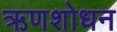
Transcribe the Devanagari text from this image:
ऋणशोधन